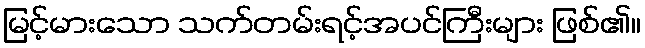
မြင့်မားသော သက်တမ်းရင့်အပင်ကြီးများ ဖြစ်၏။